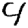
Digit: 4